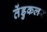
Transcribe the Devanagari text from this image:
तेंडुकलर